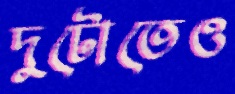
দুটোতেও